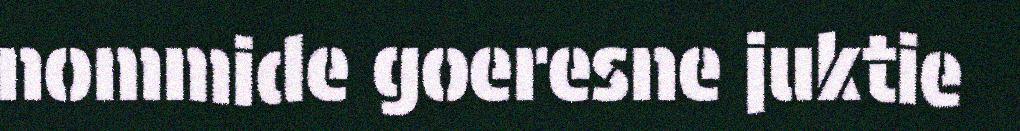
nommide goeresne juktie